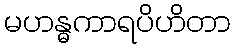
မဟန္ဓကာရပိဟိတာ